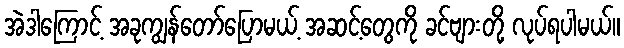
အဲဒါကြောင့် အခုကျွန်တော်ပြောမယ့် အဆင့်တွေကို ခင်ဗျားတို့ လုပ်ရပါမယ်။